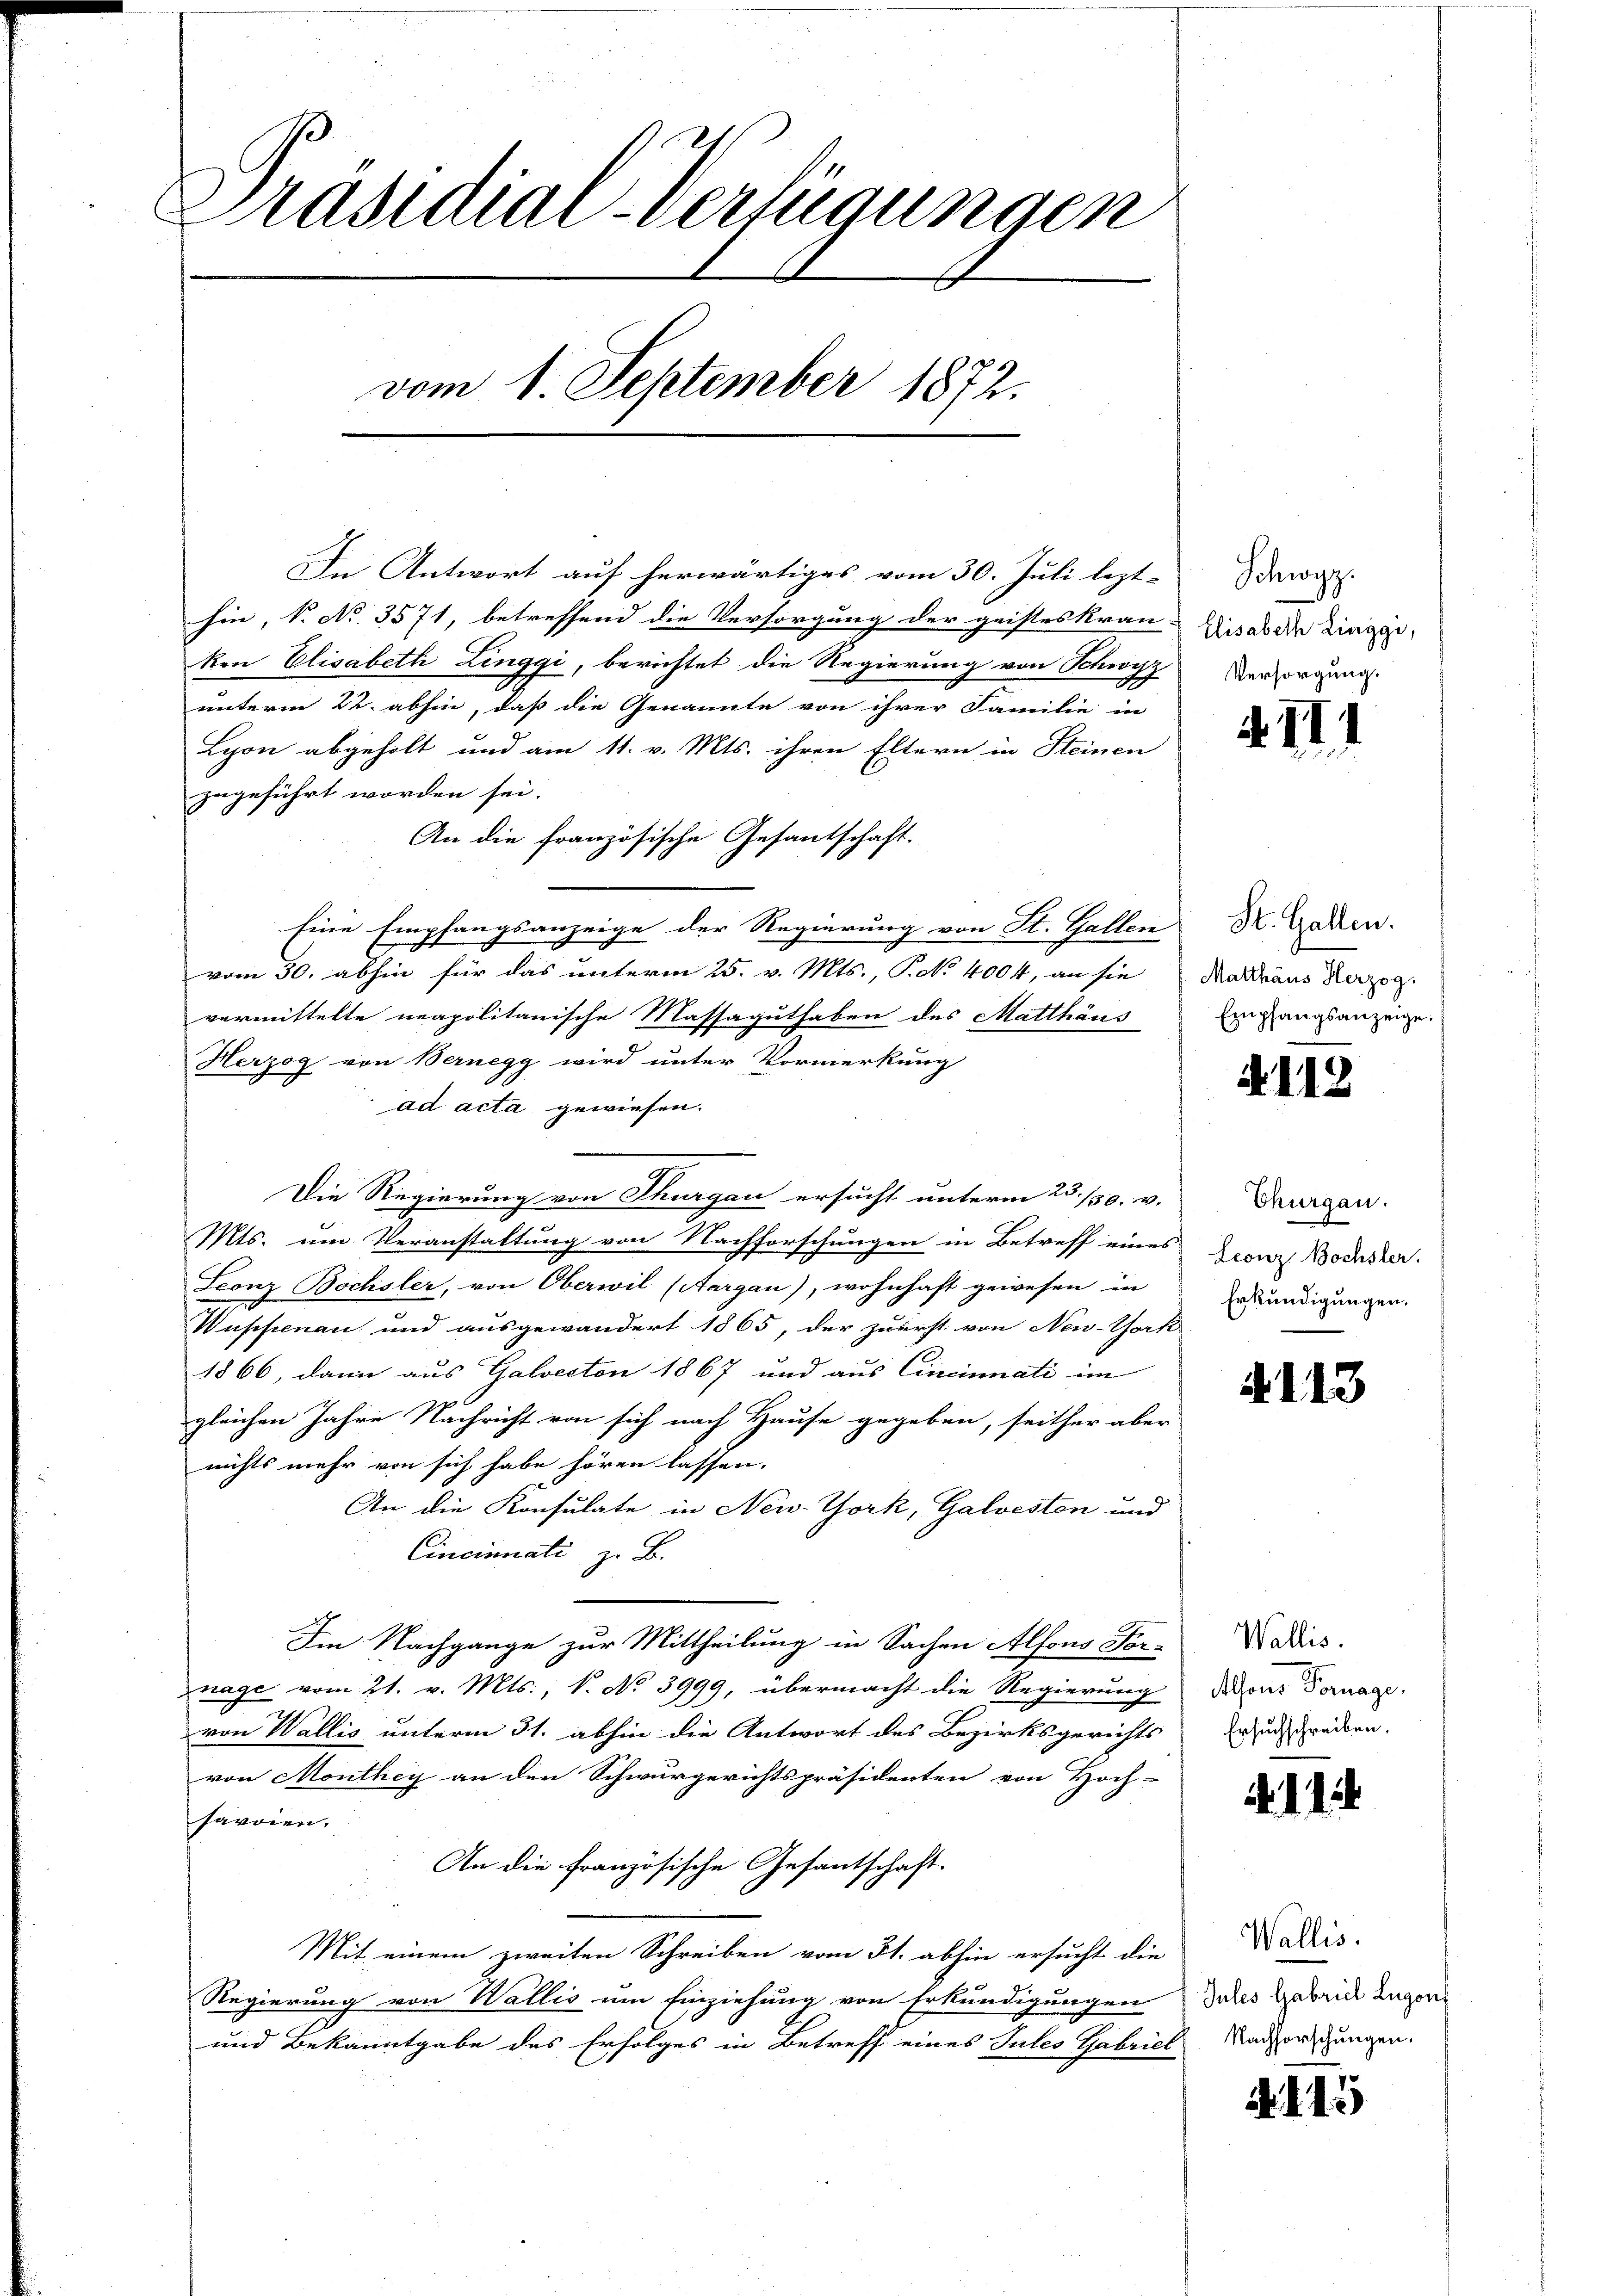
Präsidial-Verfügungen
vom 1 September 1872.

In Antwort auf herwärtiges vom 30. Juli lezt-
hin, N. No 3571, betreffend die Versorgung der geistes Kran-
ken Elisabeth Linggi, berichtet die Regierung von Schwyz
unterm 22. abhin, daß die Genannte von ihrer Familie in
Lyon abgeholt und am 11. v. Mts. ihren Eltern in Steinen
zugeführt worden sei.
An die französische Gesantschaft.
Eine Empfangsanzeige der Regierung von St. Gallen
vom 30. abhin für das unterm 25. v. Mts., P. No 4004, an sie
vermittelte neapolitanische Massaguthaben des Matthäus
Herzog von Bernegg wird unter Vormerkung
ad acta gewiesen.
Die Regierung von Thurgau ersucht unterm 23./30. v.
Mts. um Veranstaltung von Nachforschungen in Betreff eines
Leonz Bochsler, von Oberwil (Aargau), wohnhaft gewesen in
Wupsienau und ausgewandert 1865, der zuerst von New-York
1866, dann aus Galveston 1867 und aus Cincinati im
gleichen Jahre Nachricht von sich nach Hause gegeben, seither aber
nichts mehr von sich habe hören lassen.
An die Konsulate in New-York, Galveston und
Cincinati z. B.
Im Nachgange zur Mittheilung in Sachen Alfons For-
znage vom 21. v. Mts., S. No 3999, übermacht die Regierung
von Wallis unterm 31. abhin die Antwort des Bezirksgerichts
von Monthey an den Schwurgerichtspräsidenten von Hoch-
savoien.
An die französische Gesantschaft.
Mit einem zweiten Schreiben vom 31. abhin ersucht die
Regierung von Wallis um Einziehung von Erkundigungen
und Bekanntgabe des Erfolges in Betreff eines Jules Gabriel

Schwyz.
Elisabeth Linggi,
Versorgung.

4II1

St. Gallen.
Matthäus Herzog.
Empfangsanzeige.

4112

Thurgau.
Leonz Bochsler.
Erkundigungen.

4113

Wallis.
Alfons Vornage,
Ersuchschreiben.

.

Wallis.
Jules Gabriel Lugon
Nachforschungen.

. d. 15